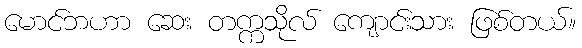
မောင်ဘဟာ ဆေး တက္ကသိုလ် ကျောင်းသား ဖြစ်တယ်။